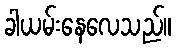
ခါယမ်းနေလေသည်။